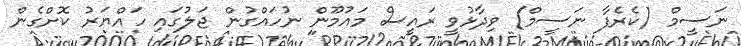
ނަސީމް (ކެރެފާ ނަސީމް) ވިދާޅުވީ ރައީސް މައުމޫން ނުހައްގުން ޖަލުގައި ހައްޔަރު ކޮށްގެން